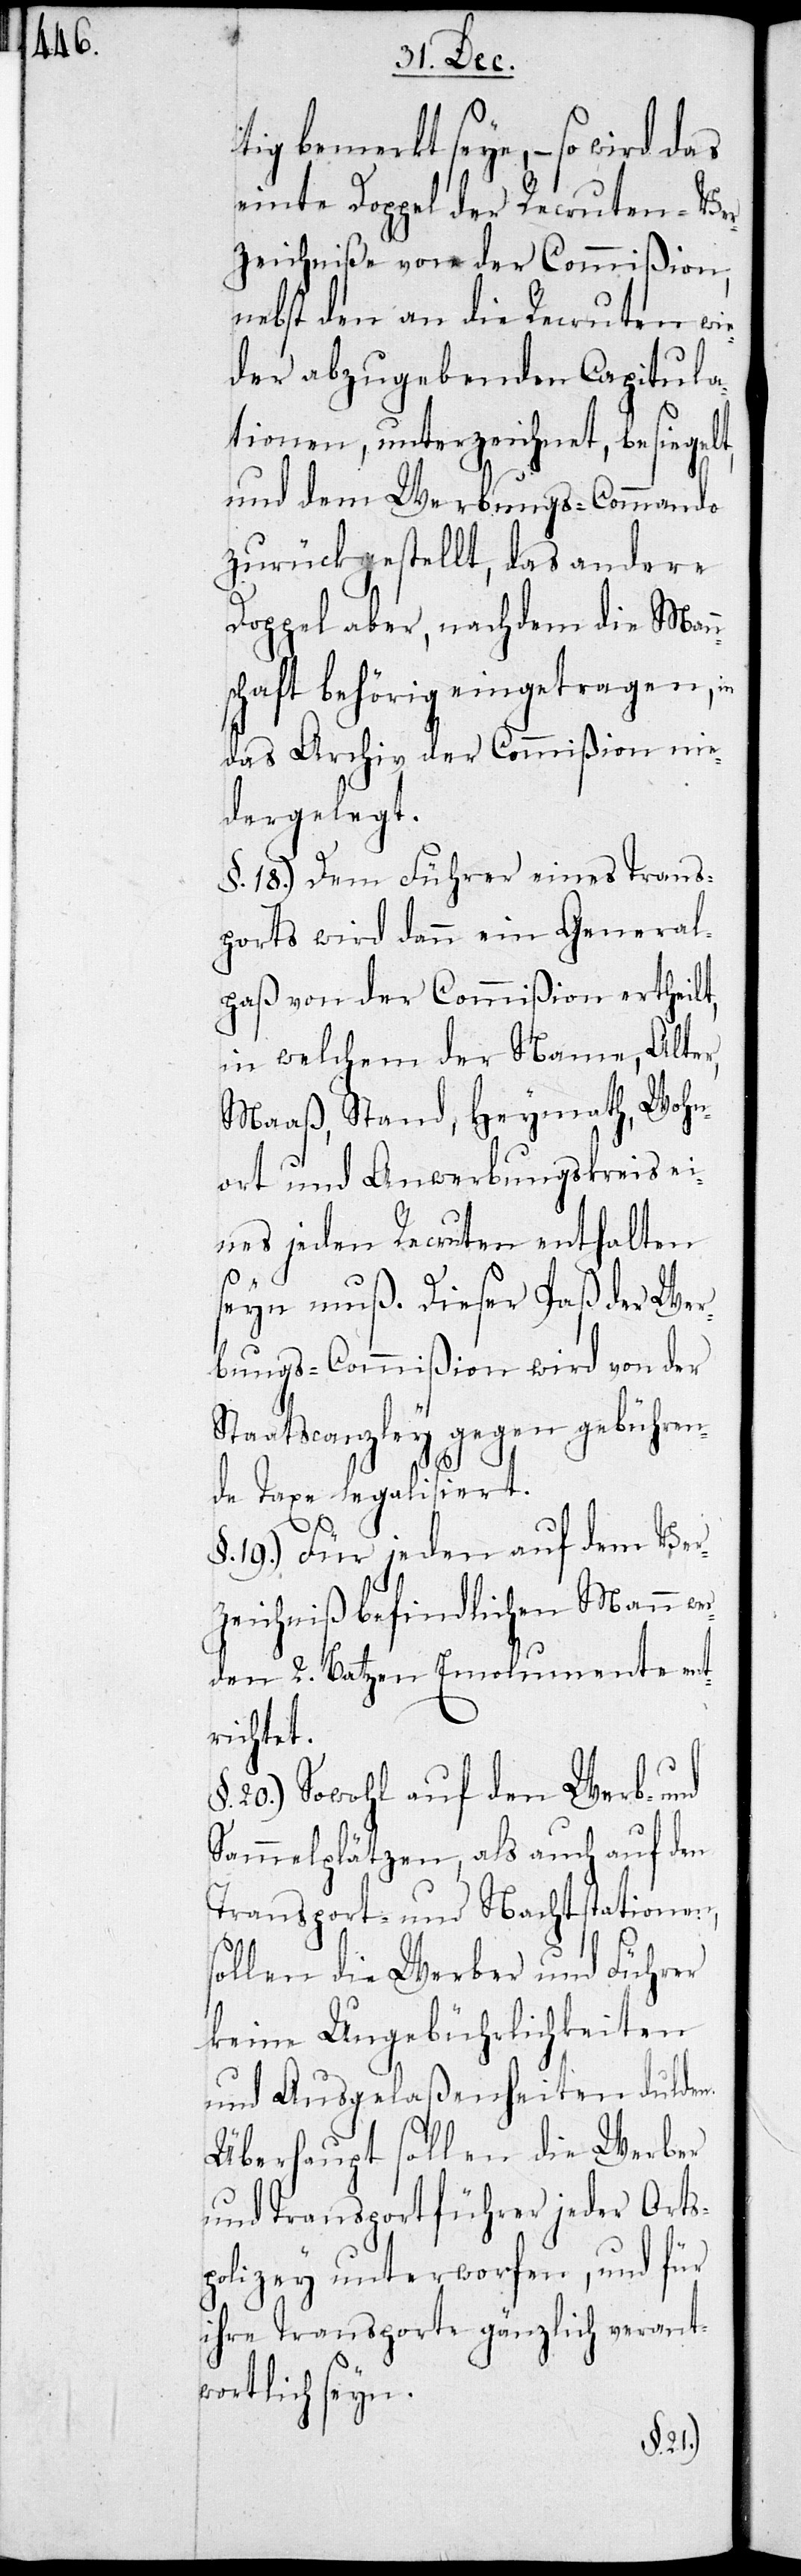
tig bemerkt seyn, – so wird das
einte Doppel der Recruten-Ver¬
zeichniße von der Commißion,
nebst den an die Recruten wie¬
der abzugebenden Capitula¬
tionen, unterzeichnet, besiegelt,
und dem Werbungs-Commando
zurückgestellt, das andere
Doppel aber, nachdem die Mann¬
schaft behörig eingetragen, in
das Archiv der Commißion nie¬
dergelegt.
§. 18.) Dem Führer eines Trans¬
ports wird dann ein General¬
paß von der Commißion ertheilt,
in welchem der Name, Alter,
Maaß, Stand, Heymath, Wohn¬
ort und Anwerbungskreis ei¬
nes jeden Recruten enthalten
seyn muß. Dieser Paß der Wer¬
bungs-Commißion wird von der
Staatscanzley gegen gebühren¬
de Taxe legalisiert.
19.) Für jeden auf dem Ver¬
zeichniß befindlichen Mann we¬
rden 2. Batzen Emolumente ent¬
richtet.
20.) Sowohl auf den Werb- und
Sammelplätzen, als auch auf den
Transport- und Nachtstationen,
sollen die Werber und Führer
keine Ungebührlichkeiten
und Ausgelaßenheiten dulden.
Überhaupt sollen die Werber
und Transportführer jeder Orts¬
polizey unterworfen, und für
ihre Transporte gänzlich verant¬
wortlich seyn.